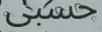
حسبى